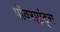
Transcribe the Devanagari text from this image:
पॉवरप्लांट्स